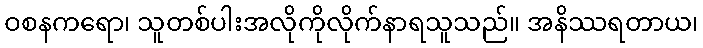
ဝစနကရော၊ သူတစ်ပါးအလိုကိုလိုက်နာရသူသည်။ အနိဿရတာယ၊